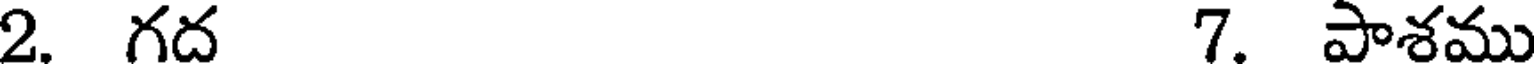
2. గద 7. పాశము